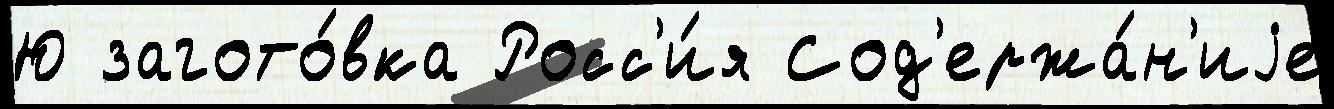
Ю загото́вка Росс'и́я Сод'ержа́н'иjе